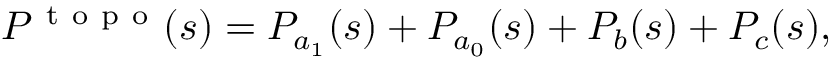
{ \cal { P } } ^ { \mathrm { ~ t ~ o ~ p ~ o ~ } } ( s ) = P _ { a _ { 1 } } ( s ) + P _ { a _ { 0 } } ( s ) + P _ { b } ( s ) + P _ { c } ( s ) ,